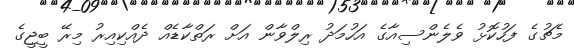
މެޗުގެ ފަހުކޮޅު ވެލެންސިއާގެ އަހުމަދު ރިލްވާން އަށް ރަތްކާޑެއް ދެއްކިއިރު މިިރޭ ބީޖީގެ